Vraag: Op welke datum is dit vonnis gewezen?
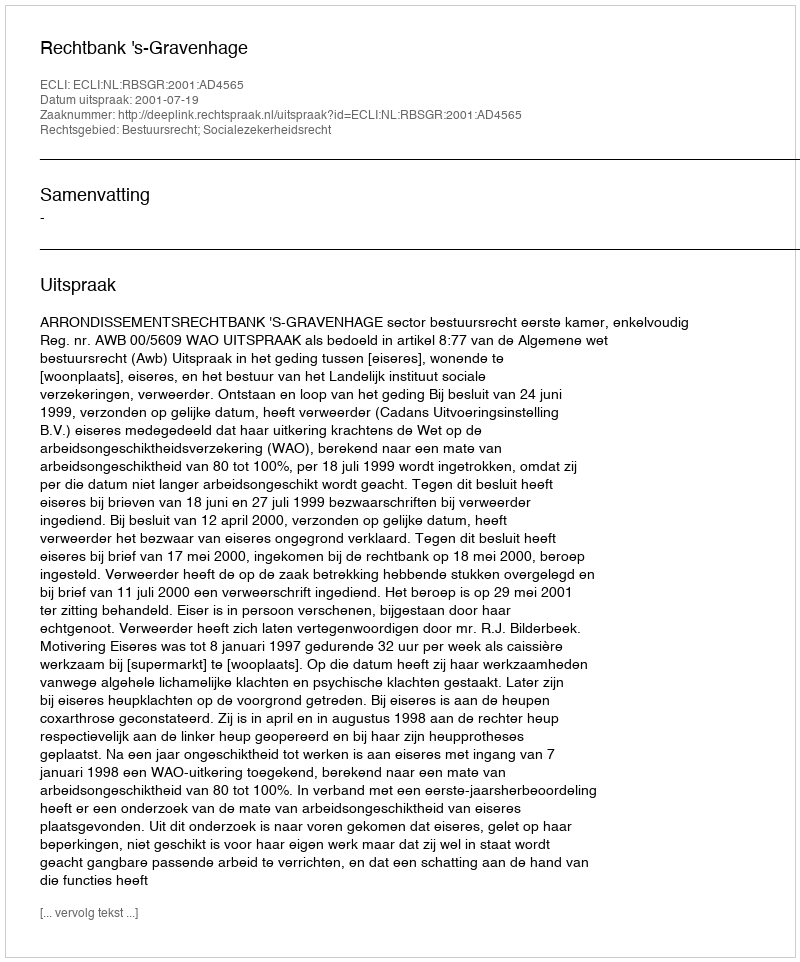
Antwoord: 2001-07-19